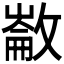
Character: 𢿗